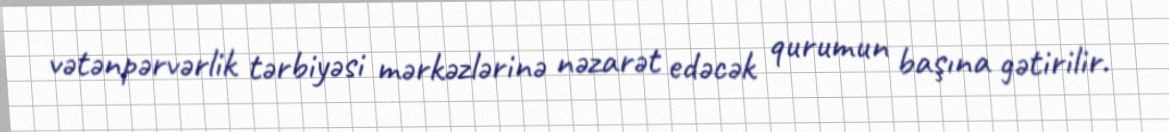
vətənpərvərlik tərbiyəsi mərkəzlərinə nəzarət edəcək qurumun başına gətirilir.